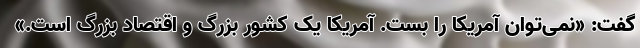
گفت: «نمی‌توان آمریکا را بست. آمریکا یک کشور بزرگ و اقتصاد بزرگ است.»